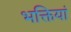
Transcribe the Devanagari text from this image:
भक्तियां